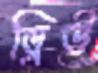
ড্রিউ